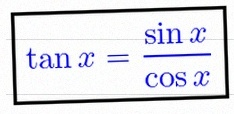
\tan x=\frac{\sin x}{\cos x}